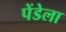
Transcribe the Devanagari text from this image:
पेंडेला